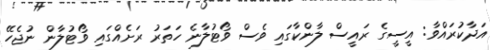
އަދާކުރައްވާ: އީސީގެ ރައީސް ލާންކާގައި ވެސް ވޯޓުލާނެ ހަތަރު ރަށެއްގައި ވޯޓުލާން ނުޖެހޭ